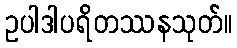
ဥပါဒါပရိတဿနသုတ်။